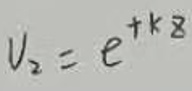
\[
V_{2}=e^{+k8}
\]